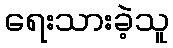
ရေးသားခဲ့သူ